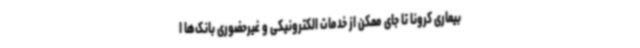
بیماری کرونا تا جای ممکن از خدمات الکترونیکی و غیرحضوری بانک‌ها ا